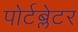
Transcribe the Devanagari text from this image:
पोर्टब्लेटर